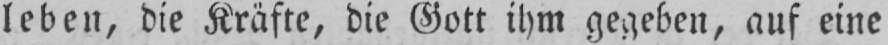
leben, die Kräfte, die Gott ihm gegeben, auf eine